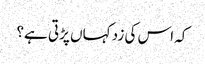
کہ اس کی زد کہاں پڑتی ہے؟